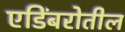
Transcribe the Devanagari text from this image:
एडिंबरोतील